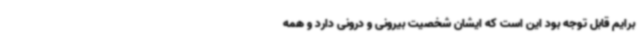
برایم قابل توجه بود این است که ایشان شخصیت بیرونی و درونی دارد و همه